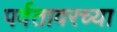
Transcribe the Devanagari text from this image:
पर्वतावरच्या